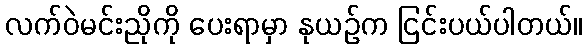
လက်ဝဲမင်းညိုကို ပေးရာမှာ နုယဉ်က ငြင်းပယ်ပါတယ်။